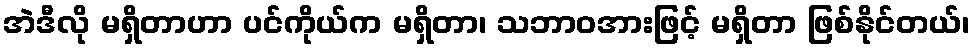
အဲဒီလို မရှိတာဟာ ပင်ကိုယ်က မရှိတာ၊ သဘာဝအားဖြင့် မရှိတာ ဖြစ်နိုင်တယ်၊